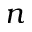
n